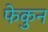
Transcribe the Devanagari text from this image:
फेकुन